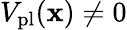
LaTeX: V_{\mathrm{pl}}(\mathbf{x})\neq 0